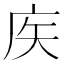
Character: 𢇻